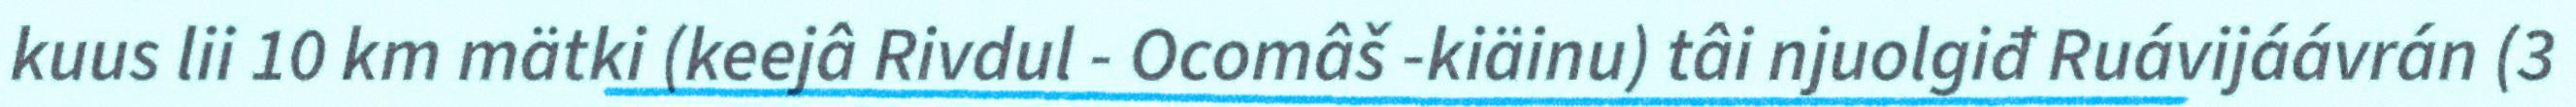
kuus lii 10 km mätki (keejâ Rivdul - Ocomâš -kiäinu) tâi njuolgiđ Ruávijáávrán (3